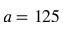
a = 1 2 5